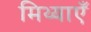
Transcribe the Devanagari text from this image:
मिथ्याएँ